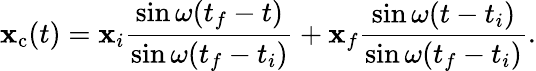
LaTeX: \mathbf{x}_{\mathrm{{c}}}(t)=\mathbf{x}_{i}{\frac{{\sin\omega(t_{f}-t)}}{{\sin\omega(t_{f}-t_{i})}}}+\mathbf{x}_{f}{\frac{{\sin\omega(t-t_{i})}}{{\sin\omega(t_{f}-t_{i})}}}.